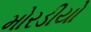
મોરડીયો